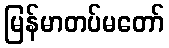
မြန်မာတပ်မတော်